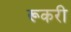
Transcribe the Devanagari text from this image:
रूकरी